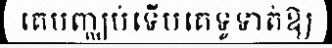
គេបញ្ឈប់ទើបគេទូទាត់ឱ្យ